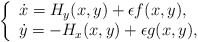
\begin{align*}\left\{\begin{array}{ll}\dot{x}= H_y(x,y)+\epsilon f(x,y), \\\dot{y}= -H_x(x,y)+\epsilon g(x,y),\end{array}\right.\end{align*}